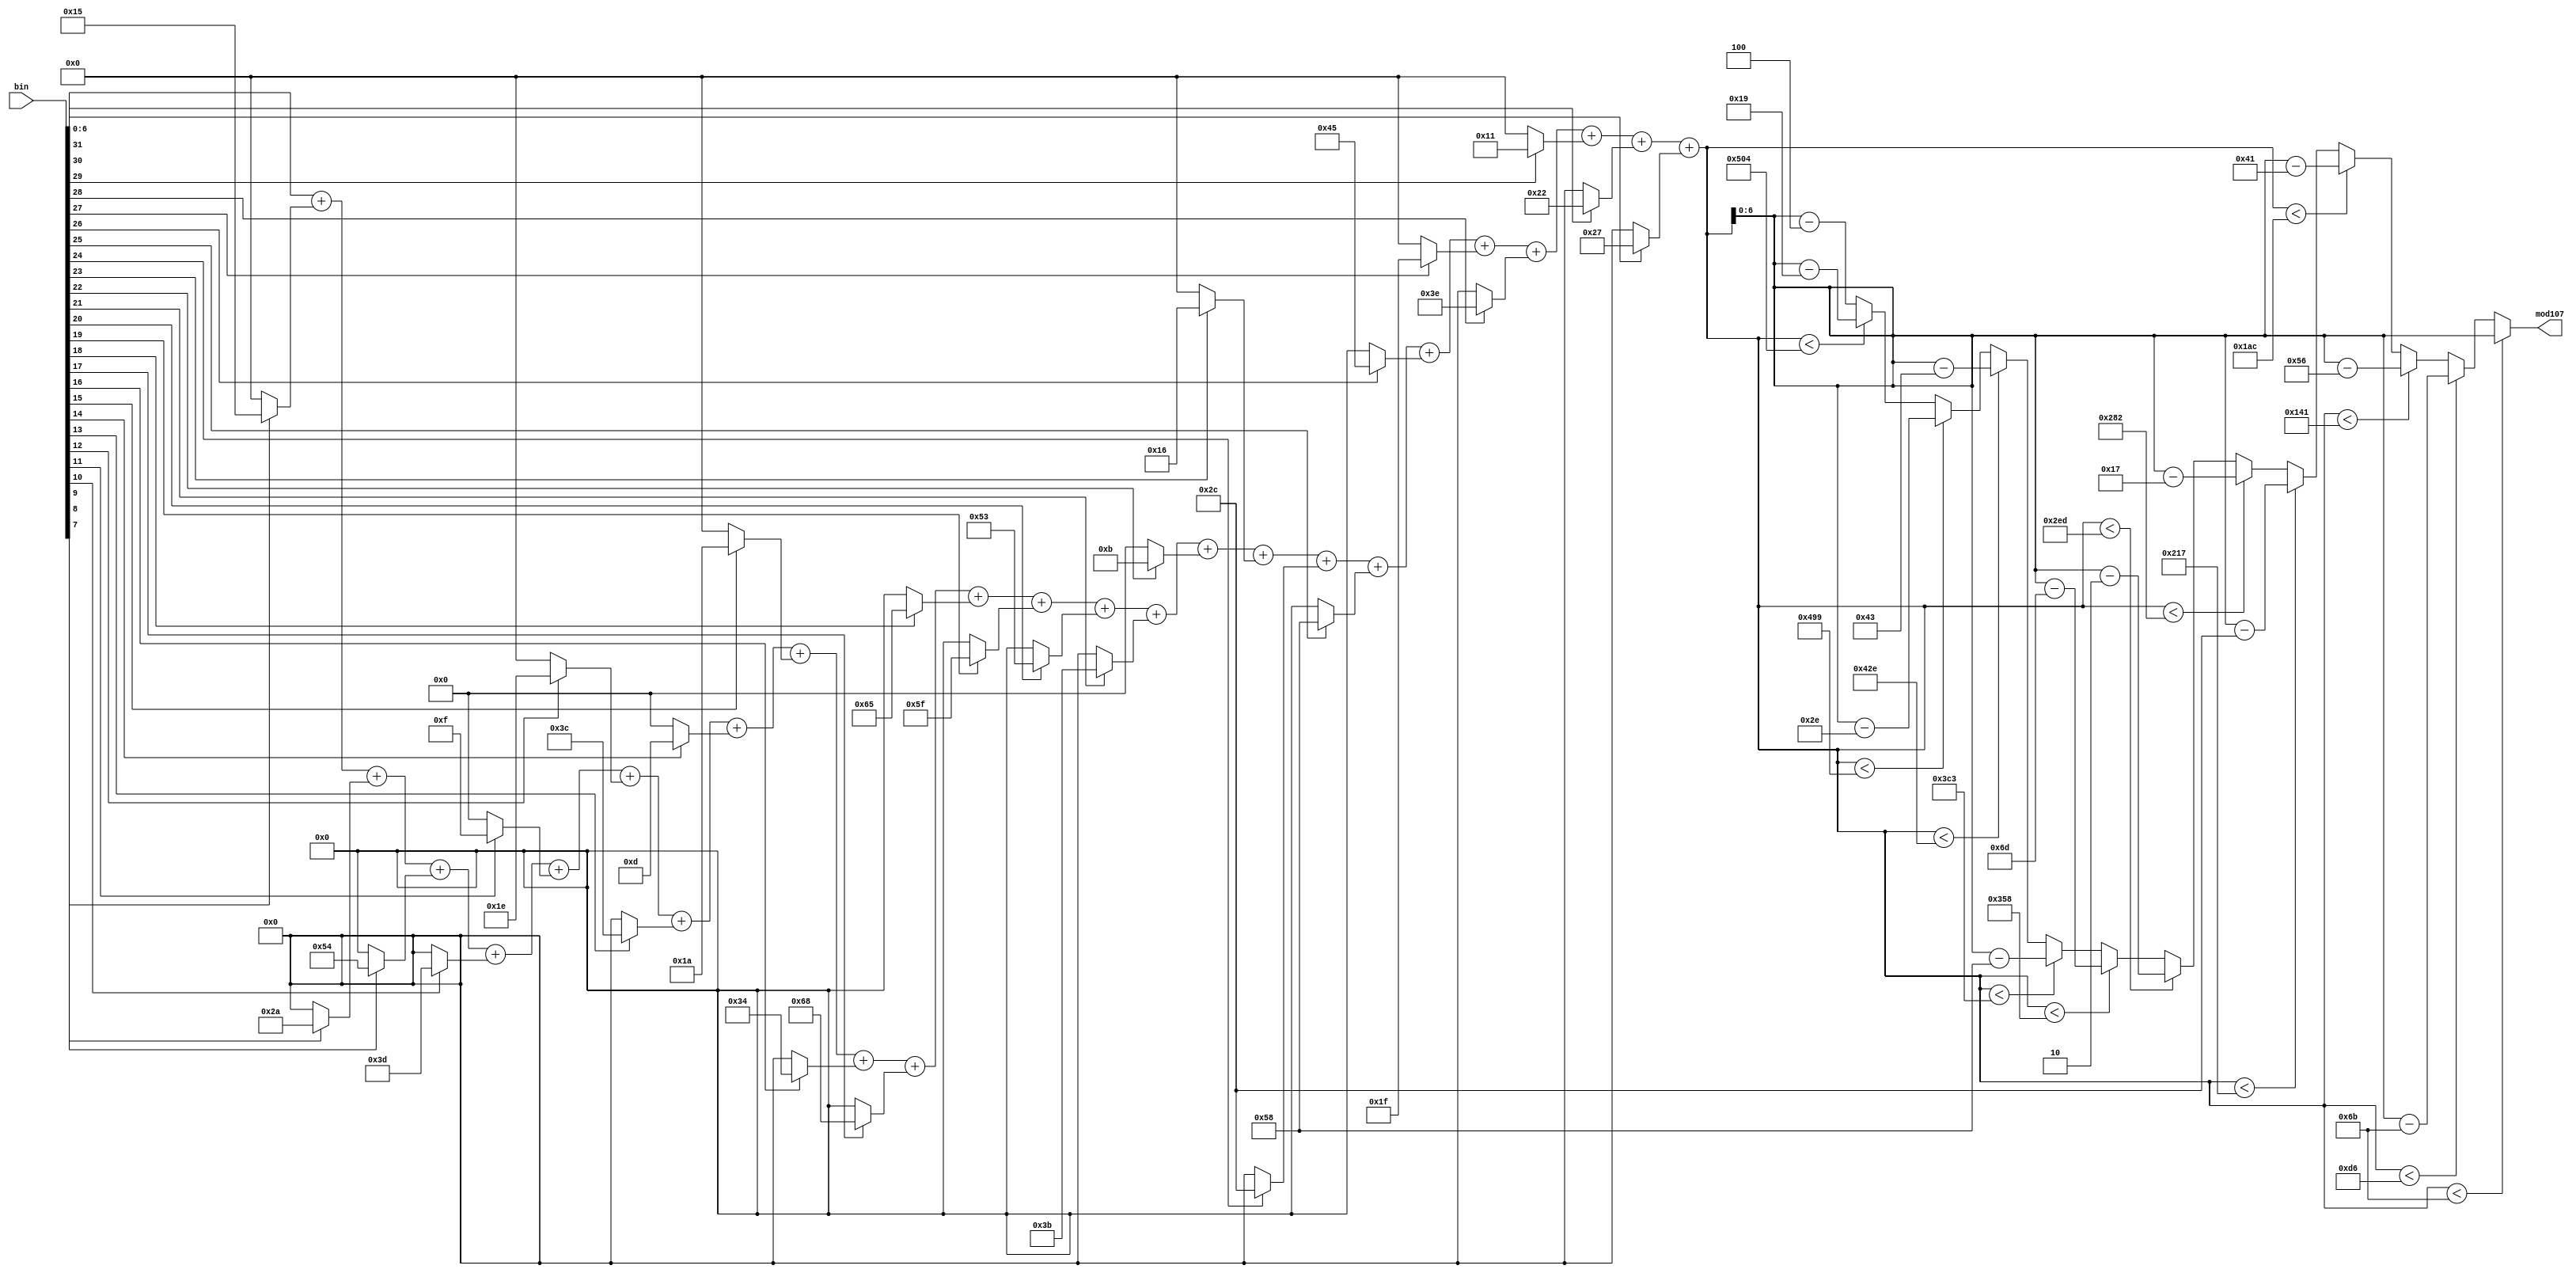
`timescale 1ns / 1ps
//////////////////////////////////////////////////////////////////////////////////
// Company: 
// Engineer: 
// 
// Design Name: 
// Module Name: modulo107n
// Project Name: 
// Target Devices: 
// Tool Versions: 
// Description: 
// 
// Dependencies: 
// 
// Revision:
// Revision 0.01 - File Created
// Additional Comments:
// 
//////////////////////////////////////////////////////////////////////////////////


module modulo107n(input [31:0] bin, output reg [6:0] mod107);
wire [6:0] s31,s30,s29,s28,s27,s26,s25,s24,s23,s22,s21,s20,s19,s18,s17,s16,s15,s14,s13,s12,s11,s10,s9,s8,s7;
wire [10:0] sum;

//refer to modulo101n module to understand the logic
assign s31 = bin[31] ? 7'd39 : 7'd0;
assign s30 = bin[30] ? 7'd34 : 7'd0;
assign s29 = bin[29] ? 7'd17 : 7'd0;
assign s28 = bin[28] ? 7'd62 : 7'd0;
assign s27 = bin[27] ? 7'd31 : 7'd0;
assign s26 = bin[26] ? 7'd69 : 7'd0;
assign s25 = bin[25] ? 7'd88 : 7'd0;
assign s24 = bin[24] ? 7'd44 : 7'd0;
assign s23 = bin[23] ? 7'd22 : 7'd0;
assign s22 = bin[22] ? 7'd11 : 7'd0;
assign s21 = bin[21] ? 7'd59 : 7'd0;
assign s20 = bin[20] ? 7'd83 : 7'd0;
assign s19 = bin[19] ? 7'd95 : 7'd0;
assign s18 = bin[18] ? 7'd101 : 7'd0;
assign s17 = bin[17] ? 7'd104 : 7'd0;
assign s16 = bin[16] ? 7'd52 : 7'd0;
assign s15 = bin[15] ? 7'd26 : 7'd0;
assign s14 = bin[14] ? 7'd13 : 7'd0;
assign s13 = bin[13] ? 7'd60 : 7'd0;
assign s12 = bin[12] ? 7'd30 : 7'd0;
assign s11 = bin[11] ? 7'd15 : 7'd0;
assign s10 = bin[10] ? 7'd61 : 7'd0;
assign s9 = bin[9] ? 7'd84 : 7'd0;
assign s8 = bin[8] ? 7'd42 : 7'd0;
assign s7 = bin[7] ? 7'd21 : 7'd0;

assign sum = bin[6:0]+s7+s8+s9+s10+s11+s12+s13+s14+s15+s16+s17+s18+s19+s20+s21+s22+s23+s24+s25+s26+s27+s28+s29+s30+s31;

always@(*)
begin
    if(sum < 12'd107)
        mod107 = sum;
    else if(sum < 12'd214)
        mod107 = sum - 12'd107;
    else if(sum < 12'd321)
        mod107 = sum - 12'd214;
    else if(sum < 12'd428)
        mod107 = sum - 12'd321;
    else if(sum < 12'd535)
        mod107 = sum - 12'd428;
    else if(sum < 12'd642)
        mod107 = sum - 12'd535;
    else if(sum < 12'd749)
        mod107 = sum - 12'd642;
    else if(sum < 12'd856)
        mod107 = sum - 12'd749;
    else if(sum < 12'd963)
        mod107 = sum - 12'd856;
    else if(sum < 12'd1070)
        mod107 = sum - 12'd963;
    else if(sum < 12'd1177)
        mod107 = sum - 12'd1070;
    else if(sum < 12'd1284)
        mod107 = sum - 12'd1177;
    else
        mod107 = sum - 12'd1284;     

end
endmodule